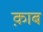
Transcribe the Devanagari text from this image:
क़ाब